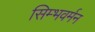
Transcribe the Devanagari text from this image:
सिम्भवर्मन